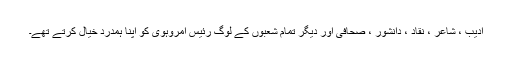
ادیب ، شاعر ، نقاد ، دانشور ، صحافی اور دیگر تمام شعبوں کے لوگ رئیس امروہوی کو اپنا ہمدرد خیال کرتے تھے۔